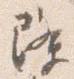
降